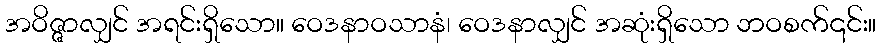
အဝိဇ္ဇာလျှင် အရင်းရှိသော။ ဝေဒနာဝသာနံ၊ ဝေဒနာလျှင် အဆုံးရှိသော ဘဝစက်၎င်း။